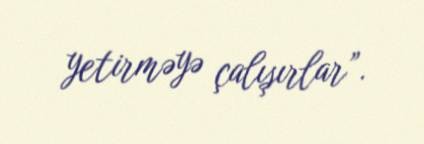
yetirməyə çalışırlar”.